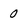
Character: 0